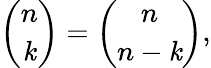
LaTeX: {\binom{n}{\mathit{k}}}={\binom{n}{n-\mathit{k}}},